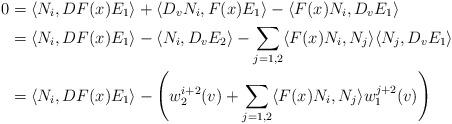
LaTeX: \begin{align*} 0 &=\langle N_i, DF(x)E_1\rangle + \langle D_vN_i, F(x)E_1\rangle - \langle F(x)N_i, D_vE_1\rangle \\&= \langle N_i, DF(x)E_1\rangle - \langle N_i, D_vE_2\rangle - \sum_{j=1,2} \langle F(x)N_i,N_j\rangle \langle N_j, D_vE_1\rangle\\&= \langle N_i, DF(x)E_1\rangle -\left( w_2^{i+2}(v) + \sum_{j=1,2} \langle F(x)N_i,N_j\rangle w_1^{j+2}(v)\right) \end{align*}